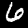
Label: 6